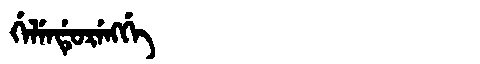
Manchu: ᡤᡝᠯᡝᠨᡩᡠᡵᡝᠩᡤᡝ
Romanization: GELENDURENGGE